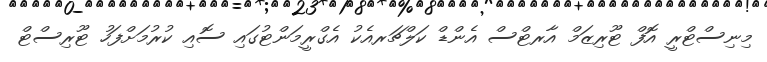
މިނިސްޓްރީ އޮފް ޓޫރިޒަމް އާރޓްސް އެންޑް ކަލްޗަރއެކު އެގްރީމަންޓުގައި ސޮއި ކުރުމަށްފަހު ޓޫރިސްޓް